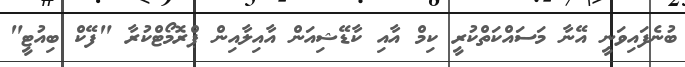
ބުނެފައިވަނީ އޭނާ މަސައްކަތްކުރީ ކިމް އާއި ކާޑޭޝިއަން އާއިލާއިން ޕްރޮމޯޓްކުރާ "ފޭކް ބިއުޓީ"